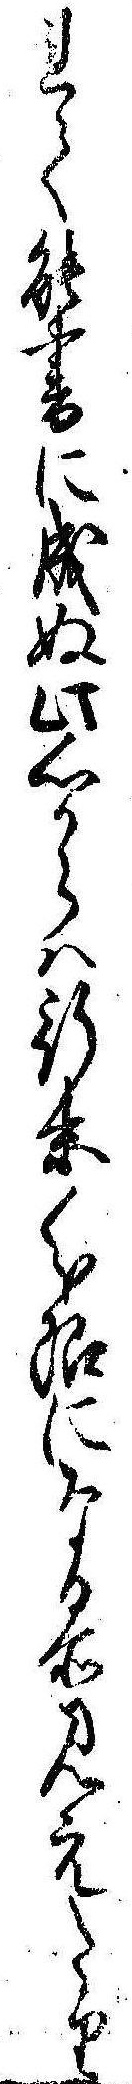
れて能書に成ぬ此心からは行末分限になる所見えたり